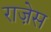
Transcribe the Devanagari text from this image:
राज़ेस